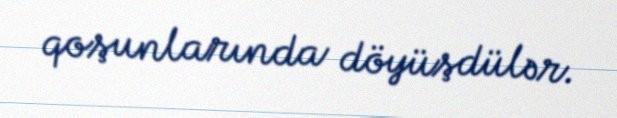
qoşunlarında döyüşdülər.